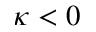
\kappa < 0